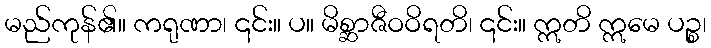
မည်ကုန်၏။ ကရုဏာ၊ ၎င်း။ ပ။ မိစ္ဆာဇီဝဝိရတိ၊ ၎င်း။ ဣတိ ဣမေ ပဉ္စ၊